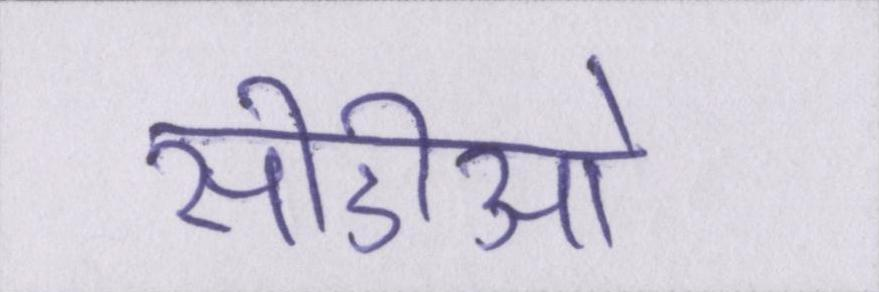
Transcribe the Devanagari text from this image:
सीडीओ